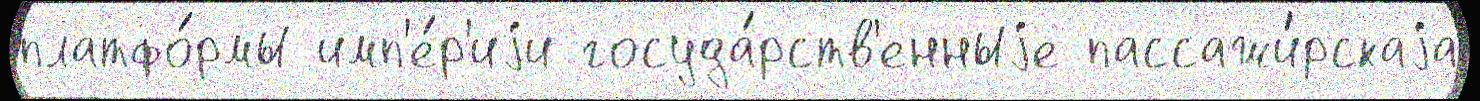
платфо́рмы имп'е́р'иjи госуда́рств'енныjе пассажи́рскаjа